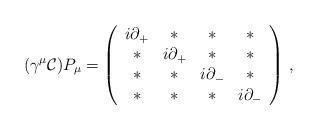
LaTeX: \begin{align*}(\gamma^{\mu}{\cal C})P_{\mu}= \left(\begin{array}[c]{cccc}i\partial_{+} & \ast & \ast & \ast \\ \ast &i\partial_{+} & \ast & \ast\\ \ast & \ast &i\partial_{-} & \ast \\ \ast & \ast & \ast&i\partial_{-}\end{array} \right)\, ,\end{align*}